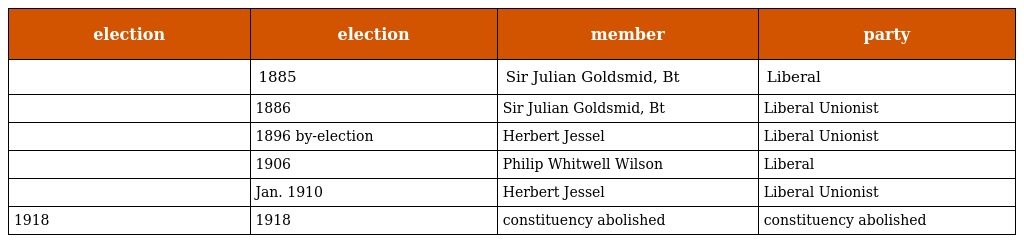
| election | election | member | party |
 | --- | --- | --- | --- |
 |  | 1885 | Sir Julian Goldsmid, Bt | Liberal |
 |  | 1886 | Sir Julian Goldsmid, Bt | Liberal Unionist |
 |  | 1896 by-election | Herbert Jessel | Liberal Unionist |
 |  | 1906 | Philip Whitwell Wilson | Liberal |
 |  | Jan. 1910 | Herbert Jessel | Liberal Unionist |
 | 1918 | 1918 | constituency abolished | constituency abolished |